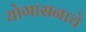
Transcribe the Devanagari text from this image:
योगासनाचे